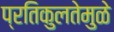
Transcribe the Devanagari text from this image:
प्रतिकुलतेमुळे